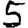
Digit: 5